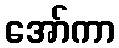
အော်ကာ